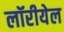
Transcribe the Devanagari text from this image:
लॉरीयेल